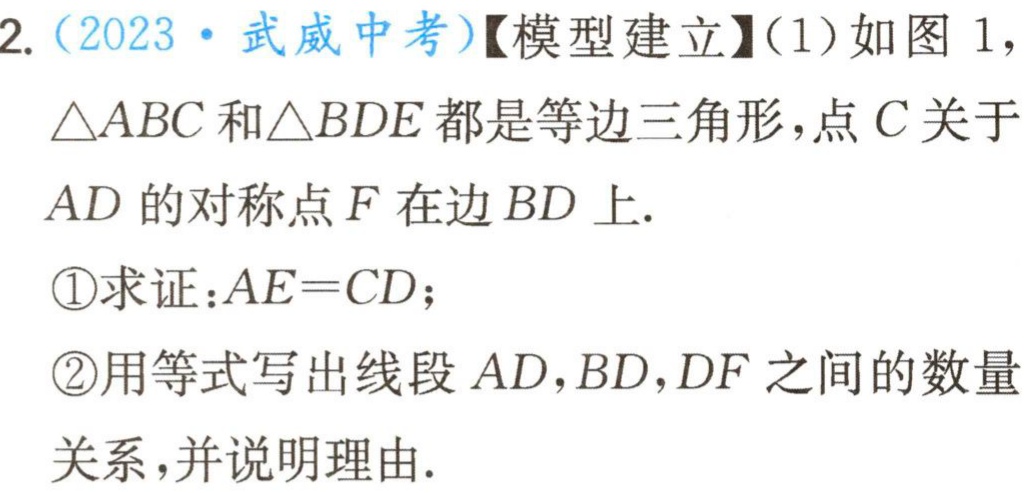
2.（2023·武威中考）【模型建立】（1）如图1，
$\triangle ABC$和$\triangle BDE$都是等边三角形，点$C$关于
$AD$的对称点$F$在边$BD$上.
\textcircled{1}求证：$AE = CD$；
\textcircled{2}用等式写出线段$AD,BD,DF$之间的数量
关系，并说明理由.